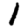
Digit: 1